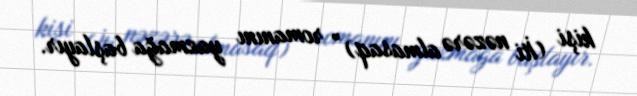
kişi (İti nəzərə almasaq)” romanını yazmağa başlayır.